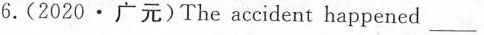
6.(2020\cdot广元)The accident happened___